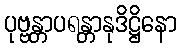
ပုဗ္ဗန္တာပရန္တာနုဒိဋ္ဌိနော